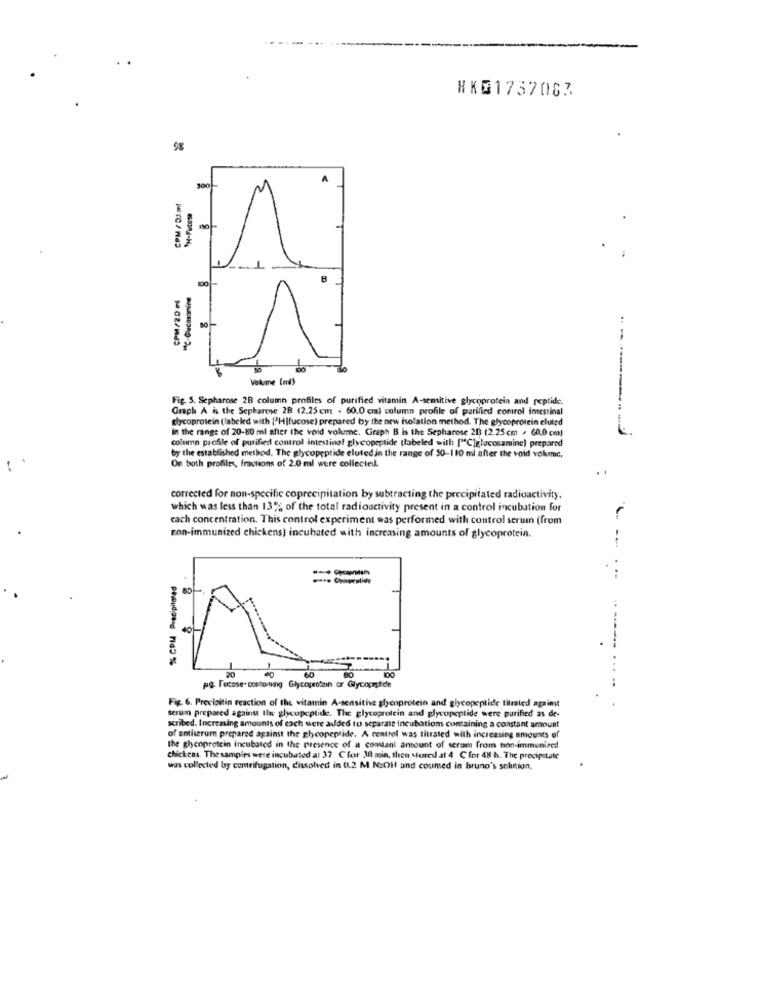
HKG1757087
98
A
CPM / D3 on!
SH-Fucete
CPM/20 1
------ - ..
Volume (mi)
Fig. 5. Sepharose 28 column profiles of purified vitamin A-sensitive glycoprotein and peptide.
Graph A is the Sepharese 2B (2.25 cm . 60.0 cm) column profile of parified comrol intestinal
glycoprotein (labeled with ['H|fucose) prepared by the new isolation method. The glycoprotein eluted
in the range of 20-80 ml after the void volume. Graph B is the Sepharose 2B (2.25 cm / 60.0 cm)
column profile of purified control intestinal glycopeptide tlabeled with ["C)glucosamine) prepared
by the established method. The glycopeptide eluted in the range of 50-110 mi after the void vokec.
On both profiles, fractions of 2.0 ml were collectedl.
corrected for non-specific coprecipitation by subtracting the precipitated radioactivity.
-- -
which was less than 13% of the total radioactivity present in a control incubation for
cach concentration. This control experiment was performed with control seruin (from
non-immunized chickens) incubated with increasing amounts of glycoprotein.
...
% CPM Precipitated
- ------
40
20
60
..
pg Fecose- costomning Glycoprotein or Glycopeptide
Fig. 6. Precioitin reaction of the vitamin A-sensitive glycoprotein and glycopeptide titrated against
serum prepared against the glycupeptide. The glycoprotein and glycopeptide were purified as de-
scribed. Increasing amounts of each were added to separate incubation containing a constant amount
of entiserum prepared against the glycopeptide. A centrol was titrated with increasing amounts of
the glycoprotein incubated in the presence of it comtant amount of serum from ton immunized
chickens. The samples were incubated al 37 Cfor 30 min, then stored at 4 C for 48-h. The precipstate
was collected by centrifugation, dissolved in (1.2 M NsOH and coumed in Bruno's solution.